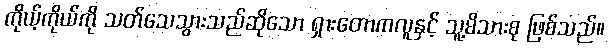
ကိုယ့်ကိုယ်ကို သတ်သေသွားသည်ဆိုသော ရှားတောကလူနှင့် သူ့မိသားစု ဖြစ်သည်။